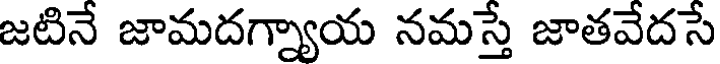
జటినే జామదగ్న్యాయ నమస్తే జాతవేదసే